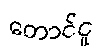
တောင်ငူ